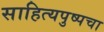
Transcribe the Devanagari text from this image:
साहित्यपुष्पचा